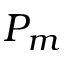
P _ { m }